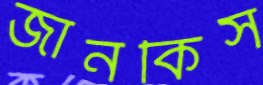
জানকিস